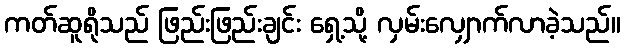
ကတ်ဆူရိုသည် ဖြည်းဖြည်းချင်း ရှေ့သို့ လှမ်းလျှောက်လာခဲ့သည်။